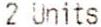
2 UNITS